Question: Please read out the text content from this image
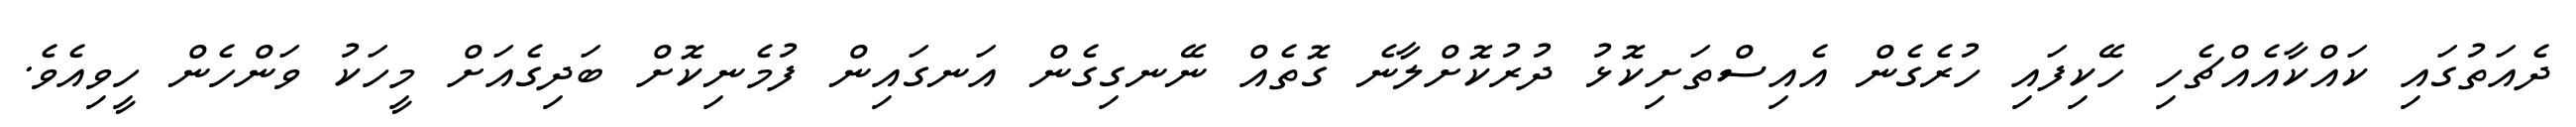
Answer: ދެއަތުގައި ކައްކާއެއްޗެހި ހޭކިފައި ހުރެގެން އެއިސްތަށިކޮޅު ދުރުކޮށްލާނެ ގޮތެއް ނޭނގިގެން އަނގައިން ފުމެނިކޮށް ބަދިގެއަށް މީހަކު ވަންހެން ހީވިއެވެ.